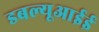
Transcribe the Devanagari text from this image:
डबल्यूआईई